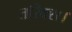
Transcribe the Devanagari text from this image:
तरिक्स।